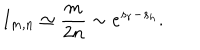
I _ { m , n } \simeq \frac { m } { 2 n } \sim e ^ { s _ { r } - s _ { h } } .